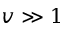
v \gg 1